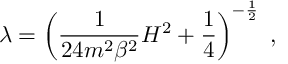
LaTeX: \lambda = \left( \frac { 1 } { 2 4 m ^ { 2 } \beta ^ { 2 } } H ^ { 2 } + \frac { 1 } { 4 } \right) ^ { - \frac { 1 } { 2 } } \; ,